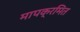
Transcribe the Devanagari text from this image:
मापक्रमित